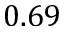
0 . 6 9